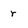
Character: r